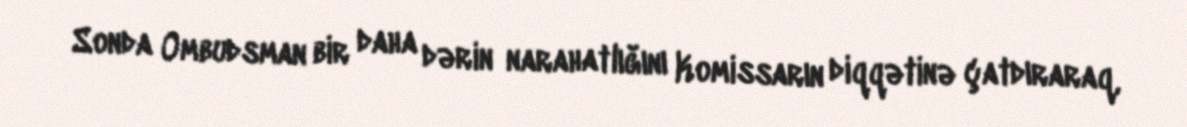
Sonda Ombudsman bir daha dərin narahatlığını Komissarın diqqətinə çatdıraraq,